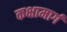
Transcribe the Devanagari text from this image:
कक्षामार्ग